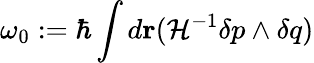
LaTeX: \omega_{0}:=\hbar\int d{\mathbf r}({\cal H}^{-1}\delta p\wedge\delta q)